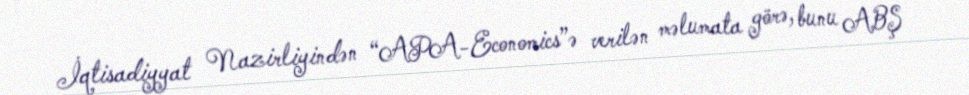
İqtisadiyyat Nazirliyindən “APA-Economics”ə verilən məlumata görə, bunu ABŞ